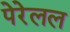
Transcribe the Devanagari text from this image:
पेरेलल